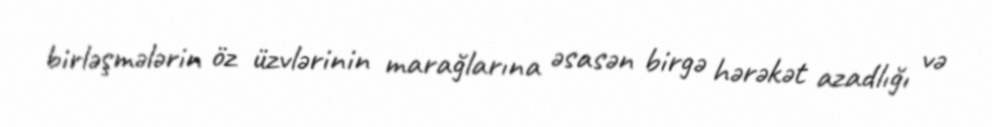
birləşmələrin öz üzvlərinin marağlarına əsasən birgə hərəkət azadlığı və